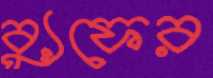
ব্যুফের